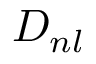
{ \cal { D } } _ { n l }